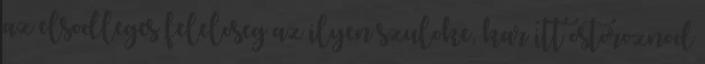
az elsodleges feleloseg az ilyen szuloke, kar itt ostoroznod